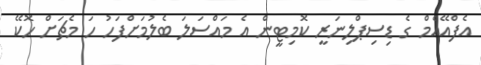
އެފްއޭއެމް ގެ ޑިސިޕްލިނަރީ ކޮމިޓީން އެ މައްސަލަ ބެލުމަށްފަހު ހަ މެޗަށް ހޮކޭ